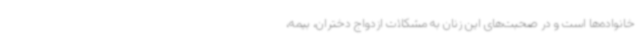
خانواده‌ها است و در صحبت‌های این زنان به مشکلات ازدواج دختران، بیمه،